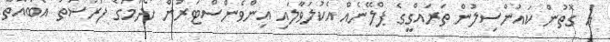
އެ ގޮތުން ކައުންސިލުން ތަރައްގީގެ ޕްލޭނެއް އެކުލަވާލައި އިންވެންސްޓަރުން ހޯދުމުގެ ފުރުސަތު އެބައޮތް